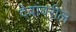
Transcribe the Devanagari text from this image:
देवांवरील